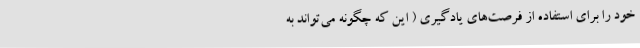
خود را برای استفاده از فرصت‌های یادگیری ( این که چگونه می‌تواند به